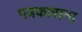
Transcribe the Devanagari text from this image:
पत्रकाराना